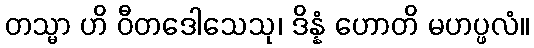
တသ္မာ ဟိ ဝီတဒေါသေသု၊ ဒိန္နံ ဟောတိ မဟပ္ဖလံ။